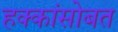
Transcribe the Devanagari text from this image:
हक्कांसोबत